Annual returns of the Patna Lunatic Asylum at Bankipore in Bihar and Orissa - 1912-1924
Year: 1912
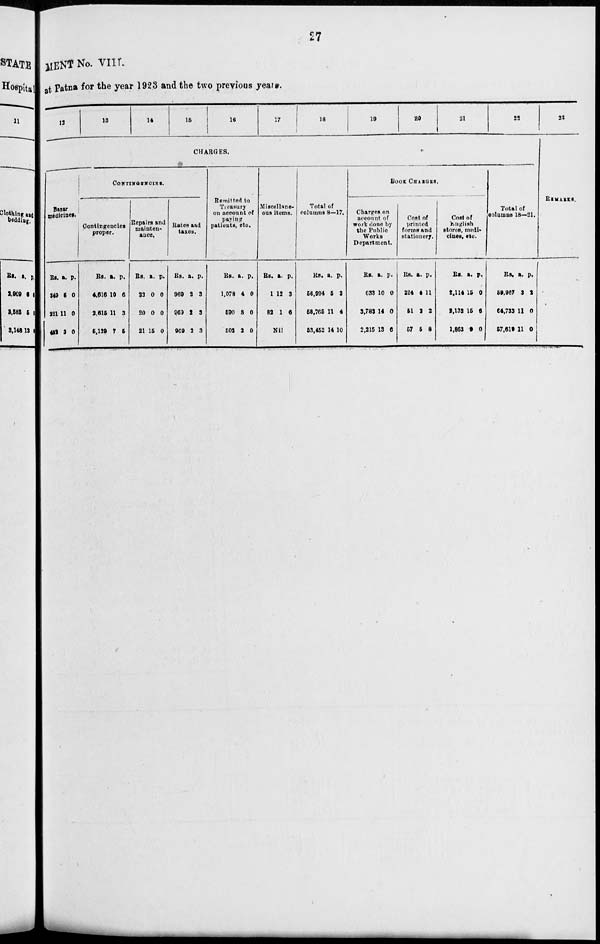
27
MENT No. VIII.
at Patna for the year 1923 and the two previous years.
12
13
14
15
16
17
18
19
20
21
22
CHARGES.
Bazar
medicines.
Rs.
349
221
432
a.
5
11
3
p.
0
0
0
CONTINGENCIES.
Contingencies
proper.
Rs.
4,616
2,615
5,129
a.
10
11
7
p.
6
3
6
Repairs and
mainten-
ance.
Rs.
22
20
21
a.
0
0
15
p.
0
0
0
Rates and
taxes.
Rs.
969
969
969
a.
2
2
2
p.
3
3
3
Remitted to
Treasury
on account of
paying
patients, etc.
Rs.
1,078
590
502
a.
4
8
3
p.
0
0
0
Miscellane-
ous items.
Rs.
1
82
a.
12
1
p.
3
6
Nil
Total of
columns 8—17.
Rs.
56,994
58,765
53,452
a.
5
11
14
p.
3
4
10
BOOK CHARGES.
Charges on
account of
work done by
the Public
Works
Department.
Rs.
633
3,783
2,215
a.
10
14
13
p.
0
0
6
Cost of
printed
forms and
stationery.
Rs.
224
51
57
a.
4
2
5
p.
11
2
8
Cost of
English
stores, medi-
cines, etc.
Rs.
2,114
2,132
1,863
a.
15
15
9
p.
0
6
0
Total of
columns 18—21.
Rs.
59,967
64,733
57,619
a.
3
11
11
p.
2
0
0
23
REMARKS.